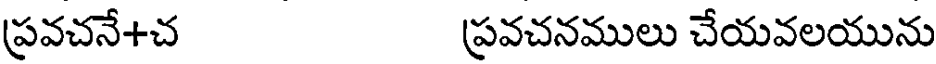
ప్రవచనే+చ ప్రవచనములు చేయవలయును